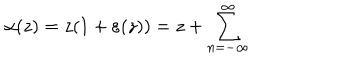
\alpha ( z ) = z ( 1 + \varepsilon ( z ) ) = z + \sum _ { n = - \infty } ^ { \infty }